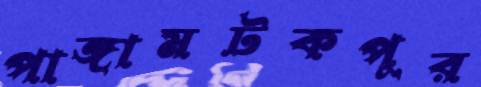
পাঙ্গামটকপুর